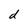
Character: d